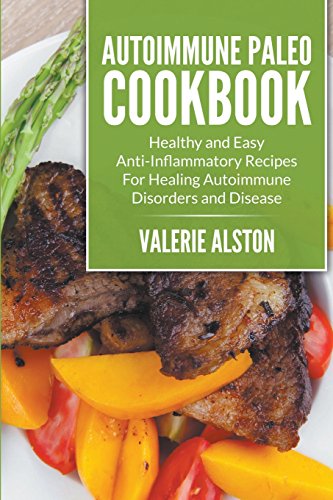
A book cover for Autoimmune Paleo Cookbook: Healthy and Easy Anti-Inflammatory Recipes For Healing Autoimmune Disorders and Disease; Valerie Alston; Cookbooks, Food & Wine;